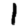
Digit: 1